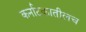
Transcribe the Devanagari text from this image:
कर्नाटकातीलच